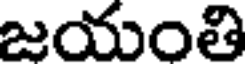
జయంతి